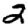
Digit: 2